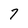
Character: 7